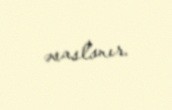
əsaslanır.